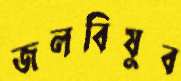
জলবিষুব